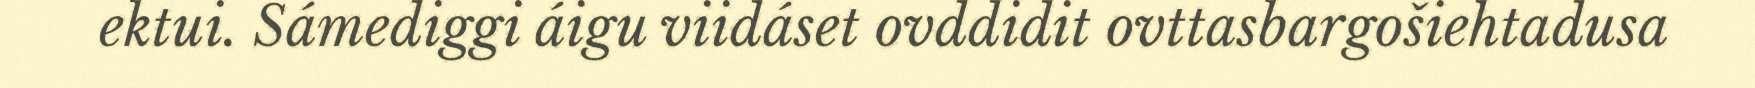
ektui. Sámediggi áigu viidáset ovddidit ovttasbargošiehtadusa